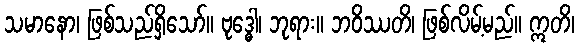
သမာနော၊ ဖြစ်သည်ရှိသော်။ ဗုဒ္ဓေါ၊ ဘုရား။ ဘဝိဿတိ၊ ဖြစ်လိမ့်မည်။ ဣတိ၊